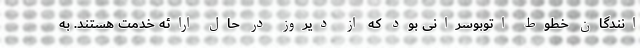
انندگان خطوط اتوبوسرانی بود که از دیروز در حال ارائه خدمت هستند. به